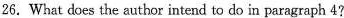
26.What does the author intend to do in paragraph 4?